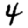
Digit: 4